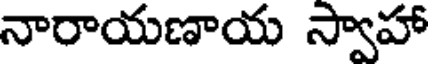
నారాయణాయ స్వాహా